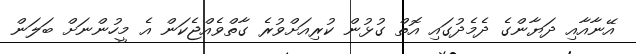
އޭނާއާއި ދަޔާންގެ ދެމެދުގައި އޮތް ގުޅުން ކުރިއަށްވުރެ ގާތްވެއްޖެކަން އެ މީހުންނަށް ބަލަން